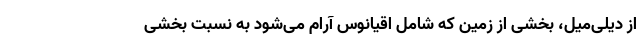
از دیلی‌میل، بخشی از زمین که شامل اقیانوس‌ آرام می‌شود به نسبت بخشی